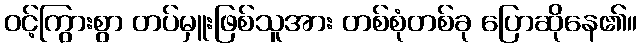
ဝင့်ကြွားစွာ တပ်မှူးဖြစ်သူအား တစ်စုံတစ်ခု ပြောဆိုနေ၏။